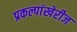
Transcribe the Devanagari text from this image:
प्रकल्पांखेरीज